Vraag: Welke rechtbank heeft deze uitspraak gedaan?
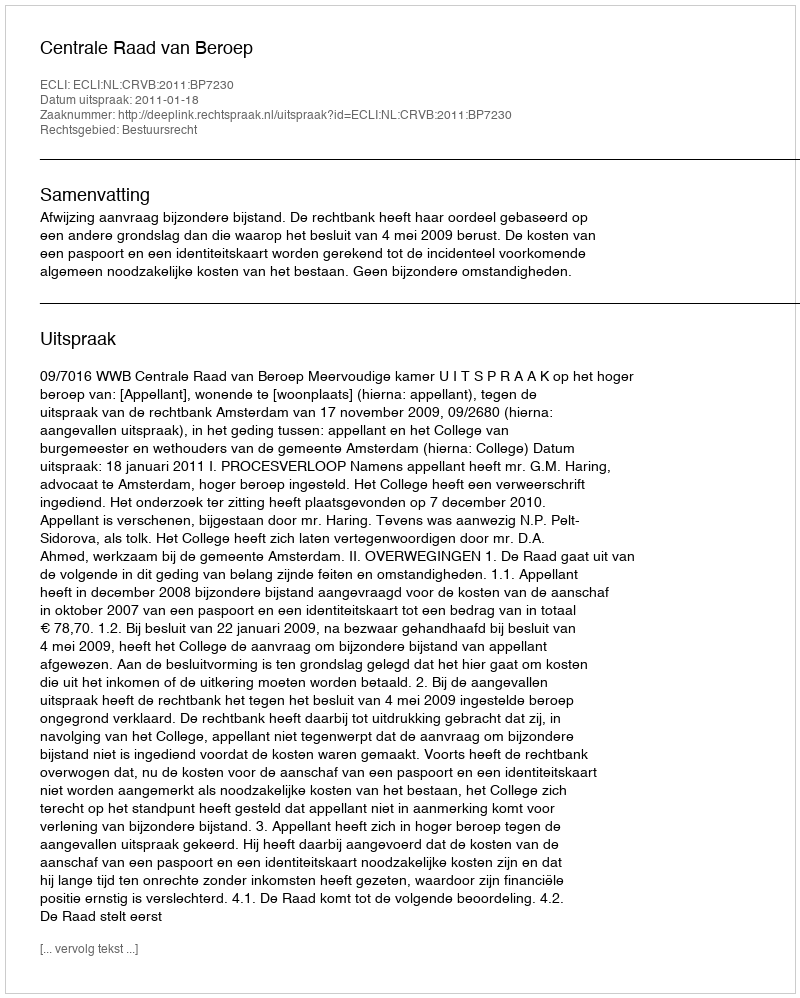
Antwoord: Centrale Raad van Beroep